Report on vaccination in Madras 1877-1894 - 1877-1894
Year: 1877
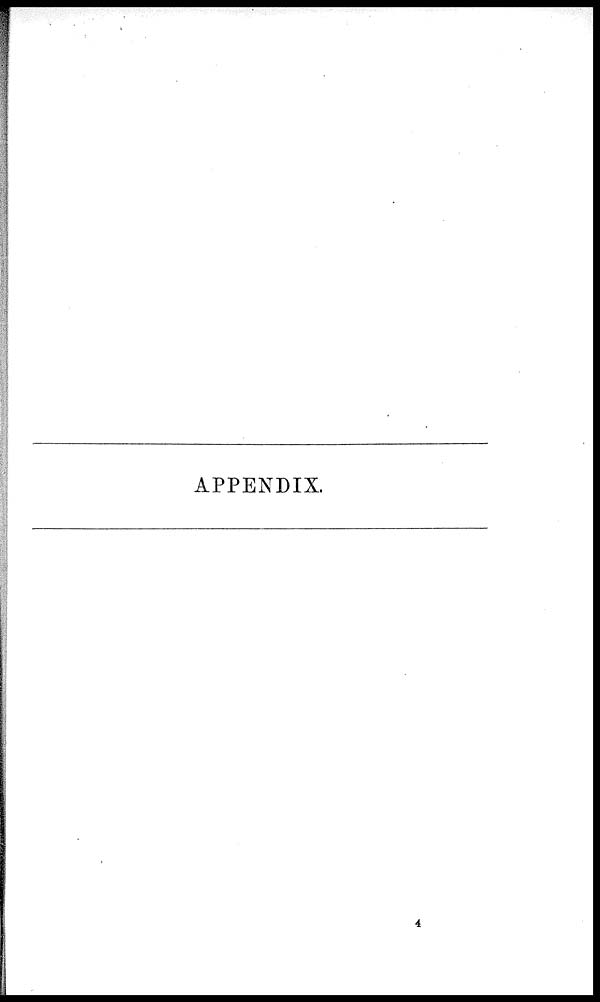
APPENDIX.
4